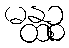
မန္ထဉ္စ